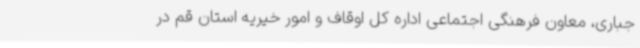
جباری، معاون فرهنگی اجتماعی اداره کل اوقاف و امور خیریه استان قم در